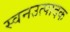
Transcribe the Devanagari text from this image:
स्वनउत्पादक